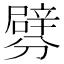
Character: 𨐯